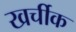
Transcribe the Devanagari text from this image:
खर्चीक